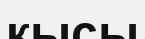
кысы